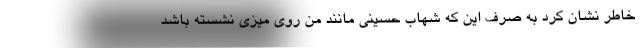
خاطر نشان کرد به صرف این که شهاب حسینی مانند من روی میزی نشسته باشد